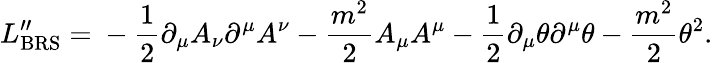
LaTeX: L_{\mathrm{BRS}}^{\prime\prime}=\mathrm{}-\frac{1}{2}\partial_{\mu}A_{\nu}\partial^{\mu}A^{\nu}-\frac{m^{2}}{2}A_{\mu}A^{\mu}-\frac{1}{2}\partial_{\mu}\theta\partial^{\mu}\theta-\frac{m^{2}}{2}\theta^{2}.